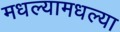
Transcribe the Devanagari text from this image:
मधल्यामधल्या